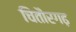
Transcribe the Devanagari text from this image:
चितौरगढ़